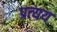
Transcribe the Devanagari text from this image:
प्रत्‍यय